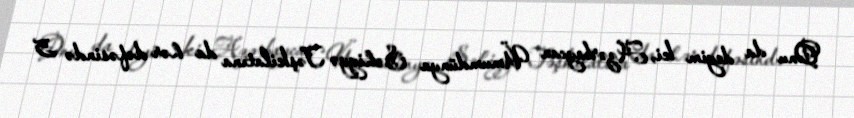
Onu da deyim ki, Azərbaycan Ümumdünya Səhiyyə Təşkilatına da hər dəfəsində 5